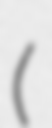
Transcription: (佐野